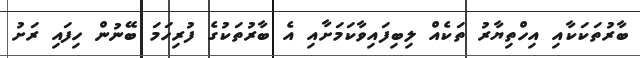
ބާރުތަކަކާއި އިހްތިޔާރު ތަކެއް ލިބިފައިވާކަމަށާއި އެ ބާރުތަކުގެ ފުރިހަމަ ބޭނުން ހިފައި ރަށު